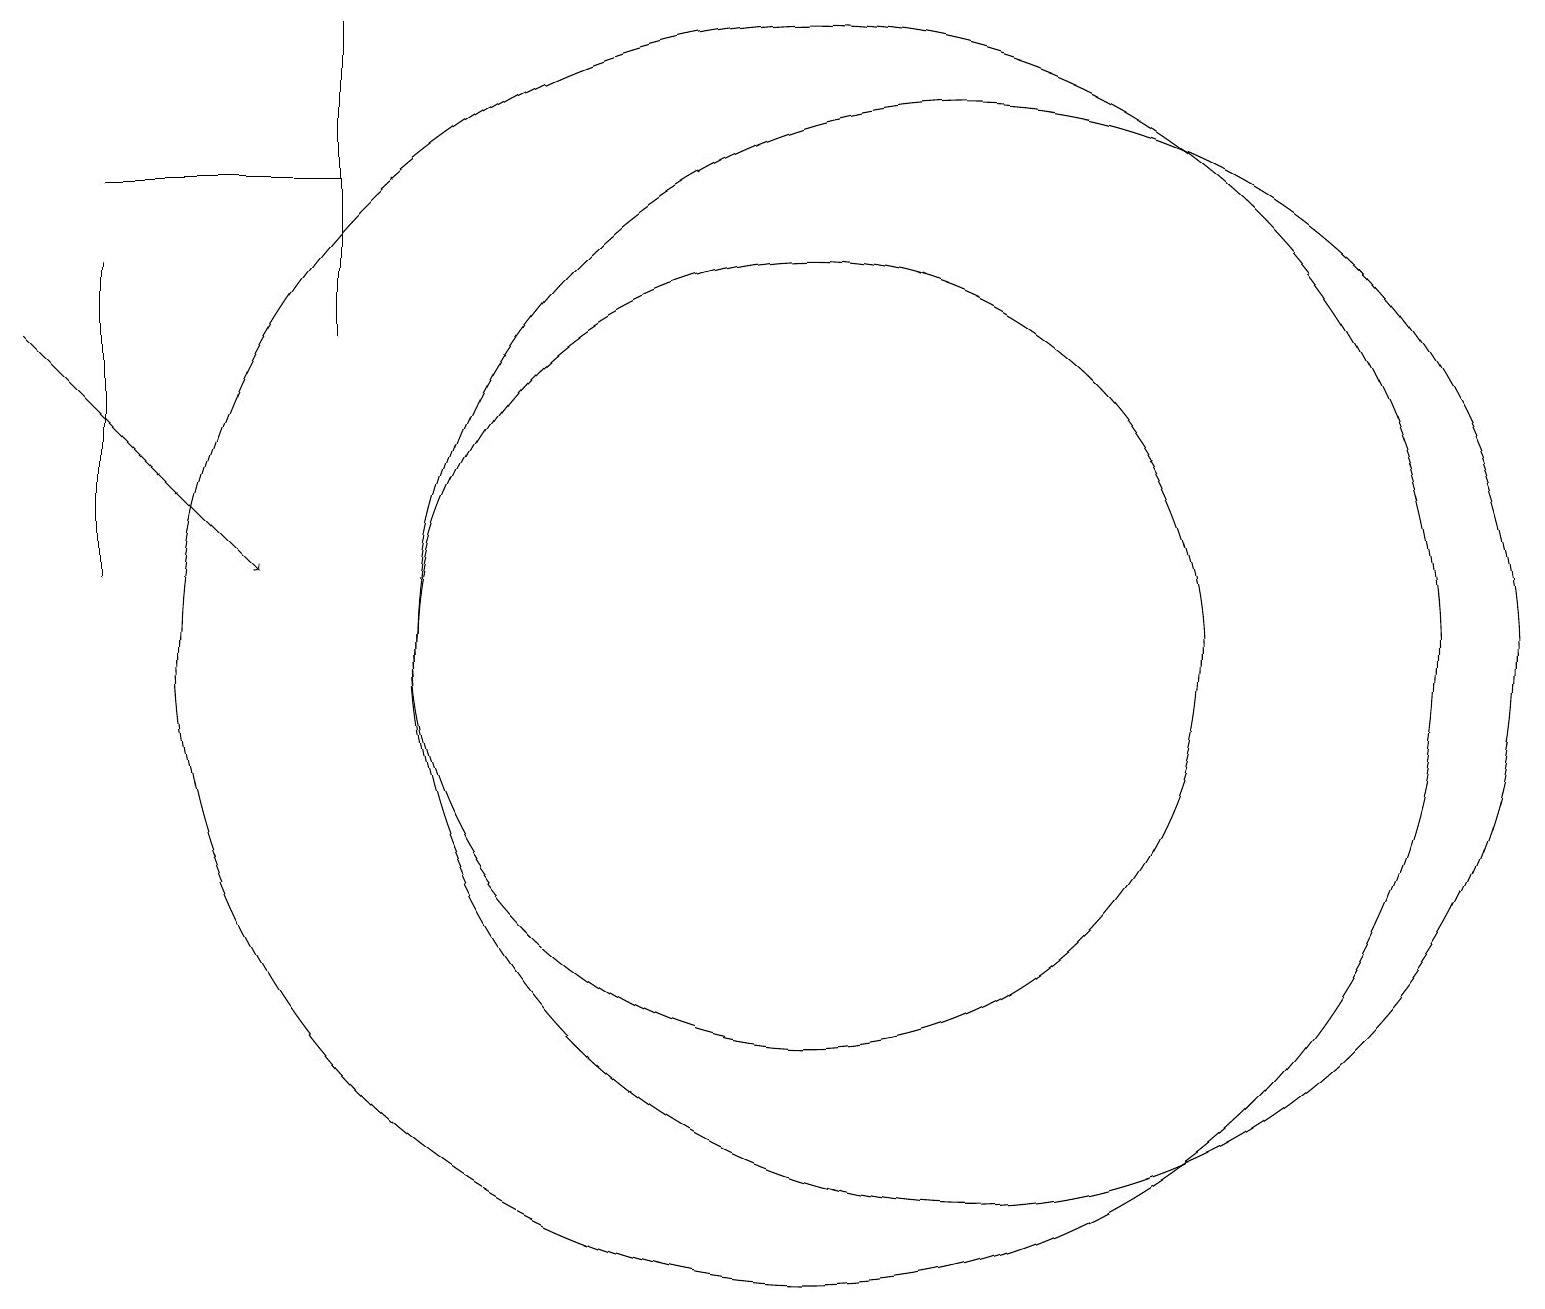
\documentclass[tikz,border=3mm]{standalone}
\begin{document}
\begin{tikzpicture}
\draw (10,10) circle (8);
\draw (10,10) circle (5);
\draw (4,18) rectangle (4,14);
\draw (12,10) circle (7);
\draw[->] (0,14) -- (3,11);
\draw (1,11) rectangle (1,15);
\draw (1,16) rectangle (4,16);
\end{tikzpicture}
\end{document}